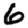
Digit: 6